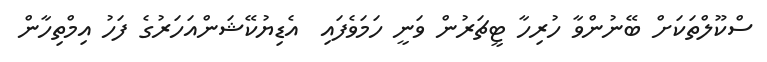
ސްކޫލްތަކަށް ބޭނުންވާ ހުރިހާ ޓީޗަރުން ވަނީ ހަމަވެފައި  އެޑިޔުކޭޝަންއަހަރުގެ ފަހު އިމްތިހާން